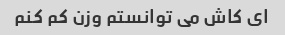
ای کاش می توانستم وزن کم کنم